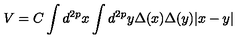
V = C \int d ^ { 2 p } x \int d ^ { 2 p } y \Delta ( x ) \Delta ( y ) | x - y |